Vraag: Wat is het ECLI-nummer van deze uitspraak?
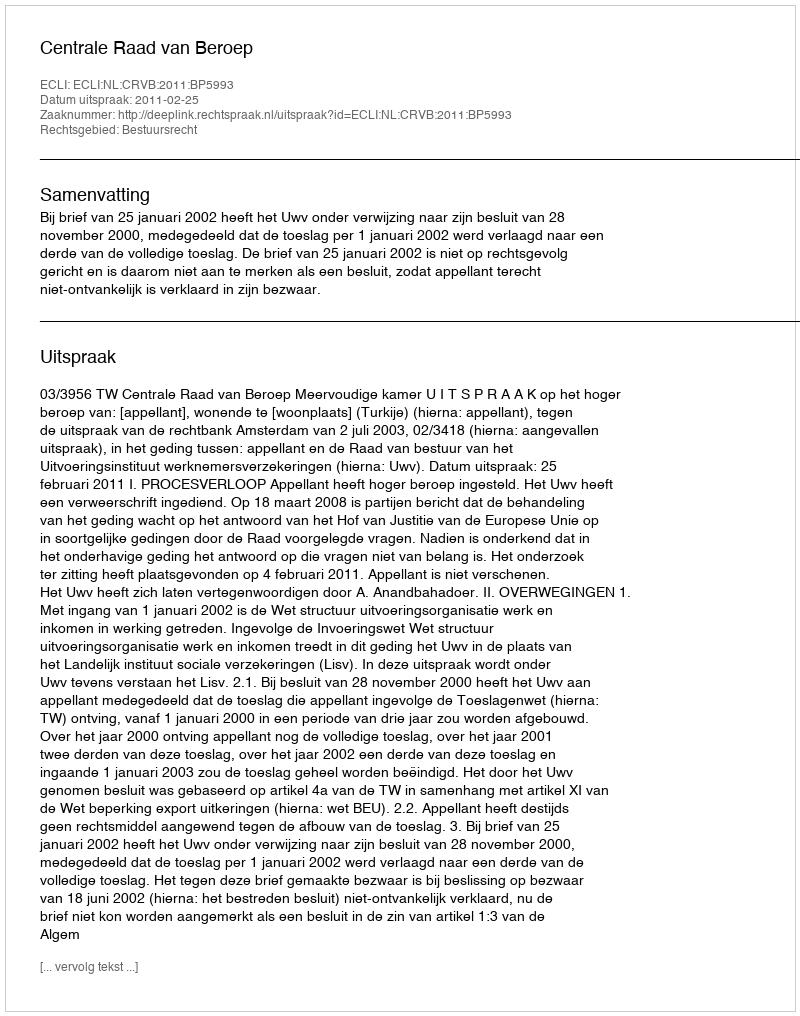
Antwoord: ECLI:NL:CRVB:2011:BP5993